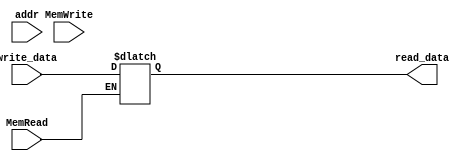
`timescale 1ns / 1ps

// Module Definition
module DataMem(MemRead, MemWrite, addr, write_data, read_data);

    // Define I/O Ports
    input wire          MemRead;
    input wire          MemWrite;
    input wire [8:0]    addr;
    input      [31:0]   write_data;
    output reg [31:0]   read_data;
    reg [31:0]  memory [127:0];
    
    integer i;
    
    // Describe Data_mem Behavior
    initial
        begin
            read_data = 0;
            // Iterate through the 128 data
            for (i = 0; i < 128; i = i + 1) begin
                memory[i] = i; 
            end
        end
    always @(*)
        begin
            // If MemWrite is true 
            if(MemWrite)
                // Overwrite the current data with the new data
                memory[addr] = write_data;
            // If MemRead is true
            if(MemRead)
                // Save and read the data at the current address
                read_data = memory[addr];
        end
endmodule   // Data_mem